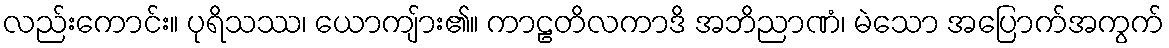
လည်းကောင်း။ ပုရိသဿ၊ ယောကျ်ား၏။ ကာဠတိလကာဒိ အဘိညာဏံ၊ မဲသော အပြောက်အကွက်